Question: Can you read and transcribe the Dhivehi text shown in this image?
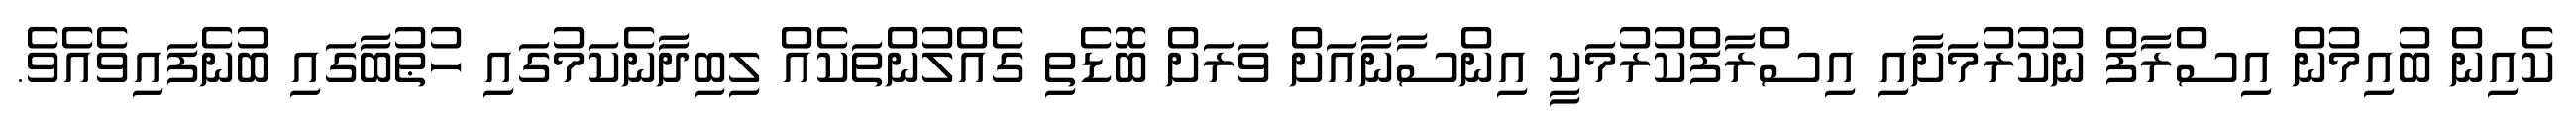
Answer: ކެއިން ބުއިމުން އިސްރާފް ނުކުރުމަށާއި އިސްރާފްކުރުމަކީ އިންސާނާއަށް ވަރަށް ބޮޑެތި ގެއްލުންތަކެއް ލިބިދާނެކަމުގައި ހުޠުބާގައި ބުނެފައިވެއެވެ.